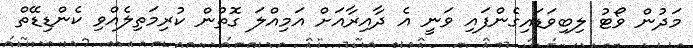
މަދުން ވޯޓު ލިބިވަޑައިގެންފައި ވަނީ އެ ދާއިރާއަށް އަމިއްލަ ގޮތުން ކުރިމަތިލެއްވި ކެންޑިޑޭތް